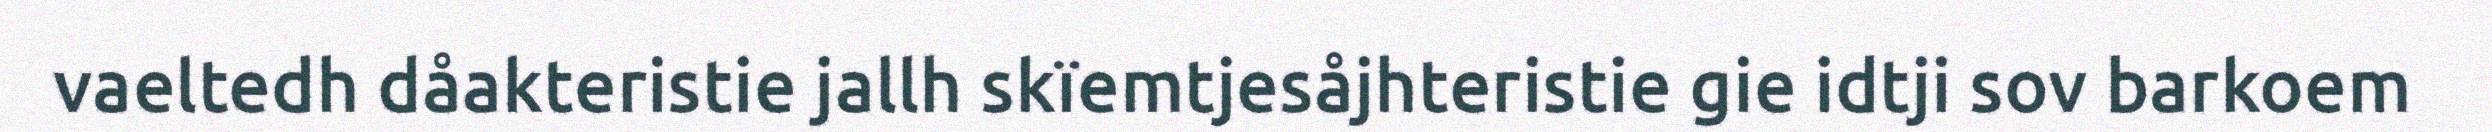
vaeltedh dåakteristie jallh skïemtjesåjhteristie gie idtji sov barkoem